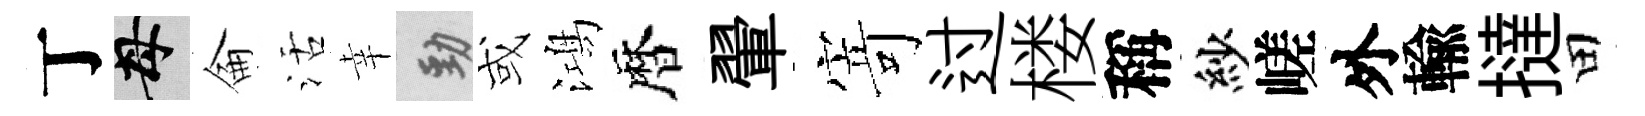
丁母侖活幸勁或鴻暦翬𭔃过楼稱紗嵯外輸撻田